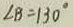
\angle B = 1 3 0 ^ { \circ }